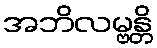
အဘိလမ္ဗန္တိ